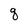
Character: q